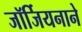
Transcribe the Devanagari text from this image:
जॉर्जियनाने